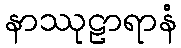
နာဿုဠာရာနံ